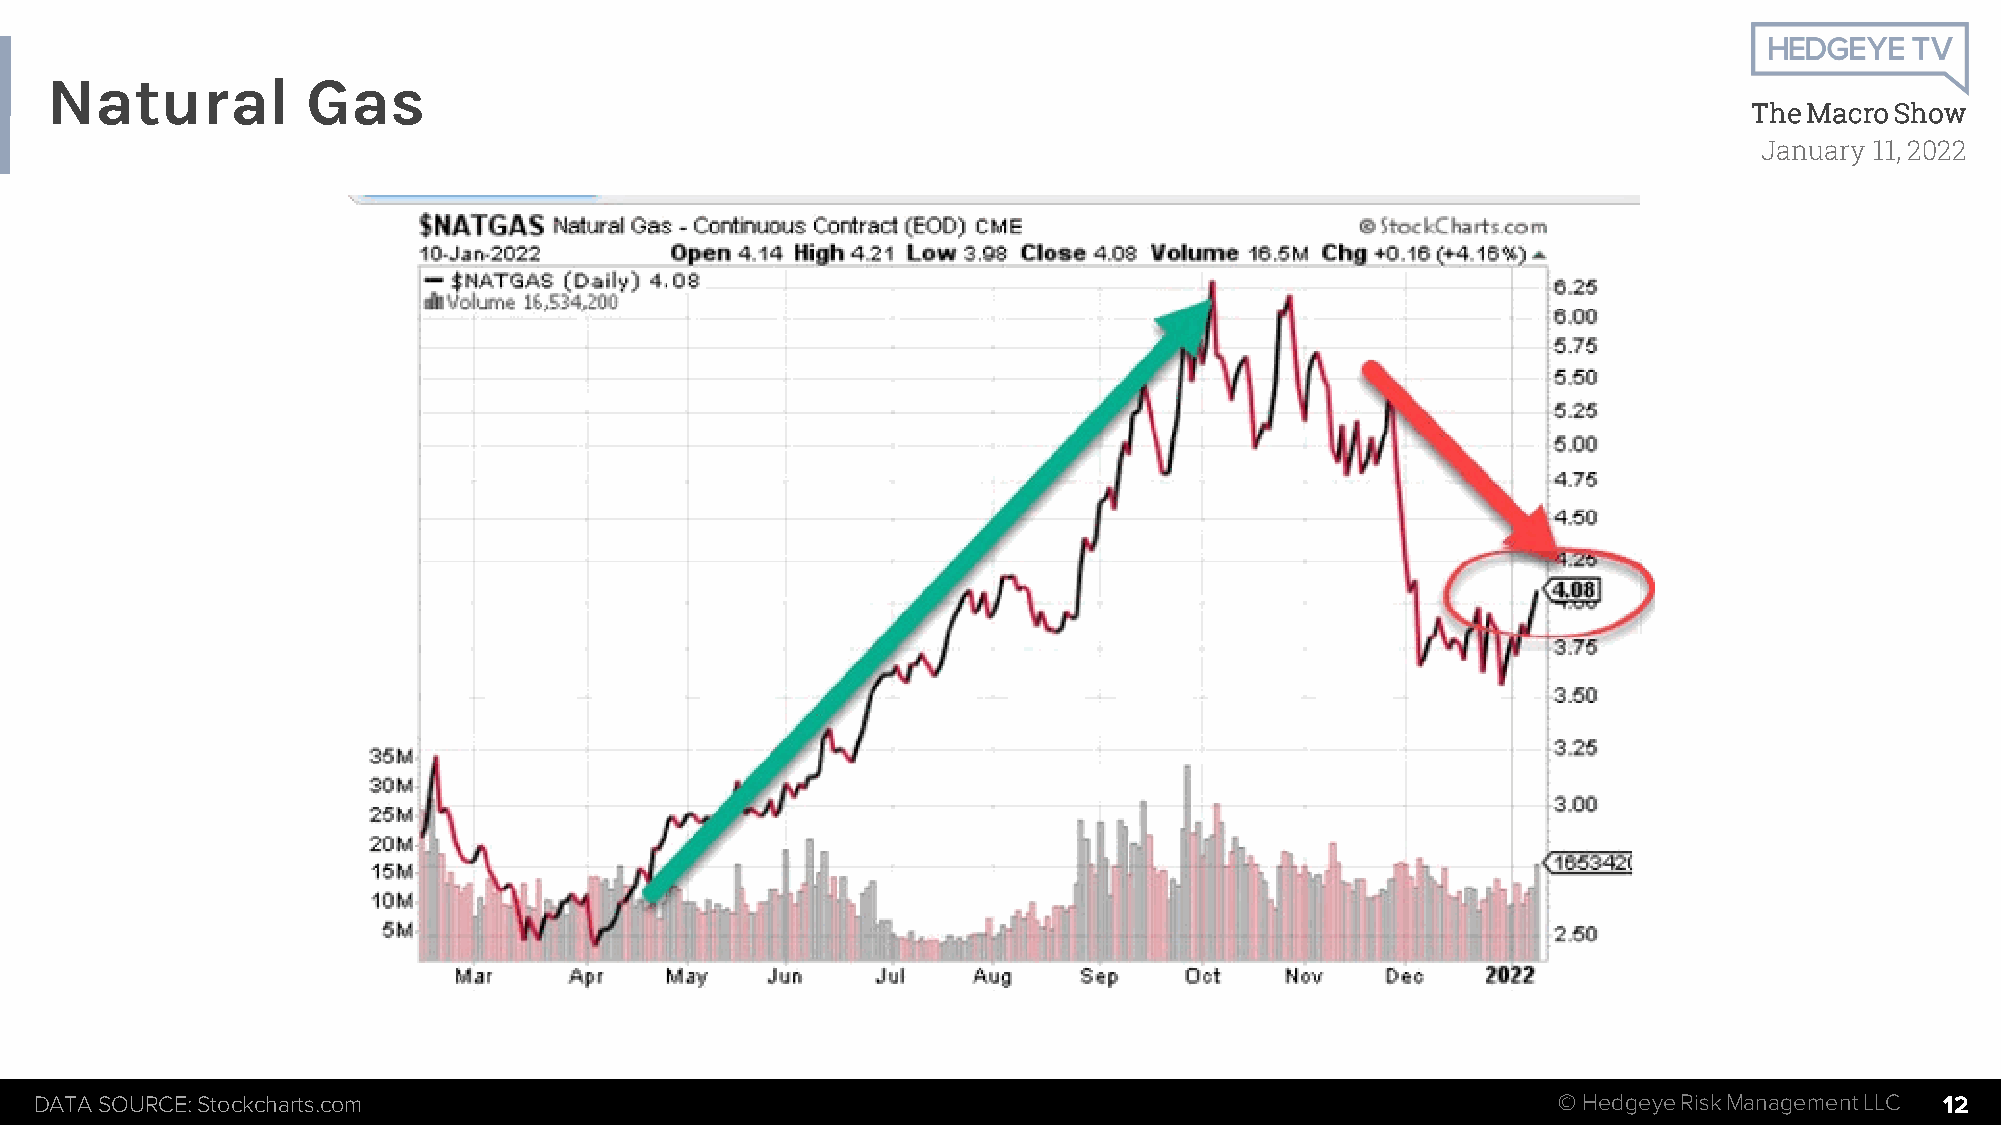
Natural          Gas
 The Macro Show
 January 11, 2022
 DATA SOURCE: Stockcharts.com                                                                         © HedgeyeRiskManagement LLC 12